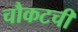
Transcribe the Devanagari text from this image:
चौकटची